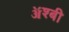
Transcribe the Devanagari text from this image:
ॲश्बी